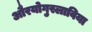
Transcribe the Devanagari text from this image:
औरयोगुस्लाविया